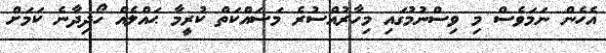
އެހެން ނަމަވެސް މި ވިސްނުމުގައި މިހާރުއްސުރެ މަސައްކަތް ކުރީމާ ޙައްލެއް ހޯދިދާނެ ކަމަށް